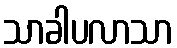
သာခါပလာသာ